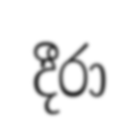
දීරා